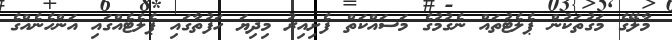
މާލޭގެ މަގުތަކުން ޕެލެޓުތައް ނެގުމުގެ މަސައްކަތް ފެށިިއިރު މިދިޔަ ހަފުތާގައި ޕެލެޓެއްގައި އަންހެނެއްގެ